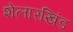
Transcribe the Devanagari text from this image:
शेलारखिंड